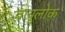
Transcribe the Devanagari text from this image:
वायुलोक